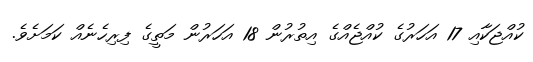
ކުއްޖަކާއި 17 އަހަރުގެ ކުއްޖެއްގެ އިތުރުން 18 އަހަރުން މަތީގެ ފިރިހެނެއް ކަމަށެވެ.